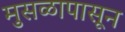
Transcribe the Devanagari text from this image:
मुसळापासून